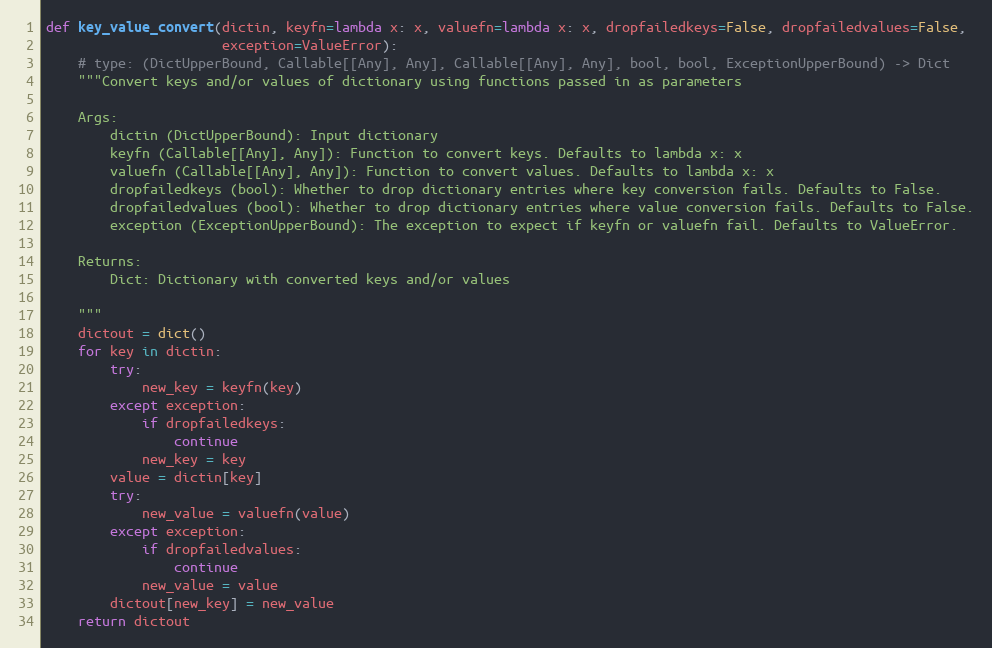
Language: Python
def key_value_convert(dictin, keyfn=lambda x: x, valuefn=lambda x: x, dropfailedkeys=False, dropfailedvalues=False,
                      exception=ValueError):
    # type: (DictUpperBound, Callable[[Any], Any], Callable[[Any], Any], bool, bool, ExceptionUpperBound) -> Dict
    """Convert keys and/or values of dictionary using functions passed in as parameters

    Args:
        dictin (DictUpperBound): Input dictionary
        keyfn (Callable[[Any], Any]): Function to convert keys. Defaults to lambda x: x
        valuefn (Callable[[Any], Any]): Function to convert values. Defaults to lambda x: x
        dropfailedkeys (bool): Whether to drop dictionary entries where key conversion fails. Defaults to False.
        dropfailedvalues (bool): Whether to drop dictionary entries where value conversion fails. Defaults to False.
        exception (ExceptionUpperBound): The exception to expect if keyfn or valuefn fail. Defaults to ValueError.

    Returns:
        Dict: Dictionary with converted keys and/or values

    """
    dictout = dict()
    for key in dictin:
        try:
            new_key = keyfn(key)
        except exception:
            if dropfailedkeys:
                continue
            new_key = key
        value = dictin[key]
        try:
            new_value = valuefn(value)
        except exception:
            if dropfailedvalues:
                continue
            new_value = value
        dictout[new_key] = new_value
    return dictout